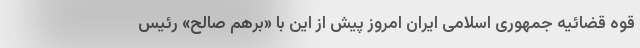
قوه قضائیه جمهوری اسلامی ایران امروز پیش از این با «برهم صالح» رئیس